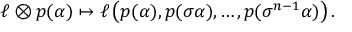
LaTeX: \ell \otimes p ( \alpha ) \mapsto \ell \left( p ( \alpha ) , p ( \sigma \alpha ) , \ldots , p ( \sigma ^ { n - 1 } \alpha ) \right) .